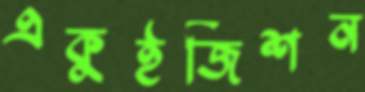
একুইজিশন